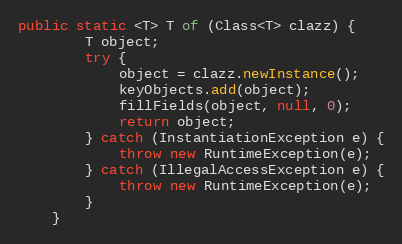
Language: Java
public static <T> T of (Class<T> clazz) {
		T object;
		try {
			object = clazz.newInstance();
			keyObjects.add(object);
			fillFields(object, null, 0);
			return object;
		} catch (InstantiationException e) {
			throw new RuntimeException(e);
		} catch (IllegalAccessException e) {
			throw new RuntimeException(e);
		}
	}